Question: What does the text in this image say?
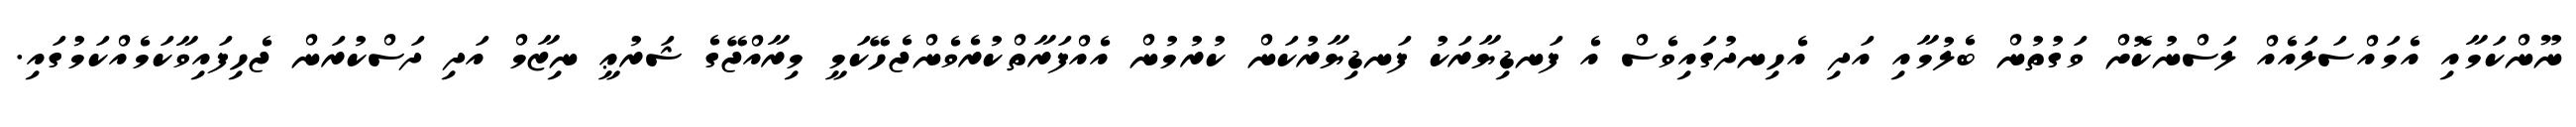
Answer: ނޫންކަމާއި އެމައްސަލައެއް ލަސްނުކޮށް ވަގުތުން ބެލުމާއި އަދި އެހިނދުގައިވެސް އެ ފަނޑިޔާރަކު ފަނޑިޔާރުކަން ކުރުމުން އެއްފަރާތްކުރެވެންޖެހޭކަމީ މިރާއްޖޭގެ ޝަރުޢީ ނިޒާމް އަދި ދަސްކުރަން ޖެހިފައިވާކަމެއްކަމުގައި.